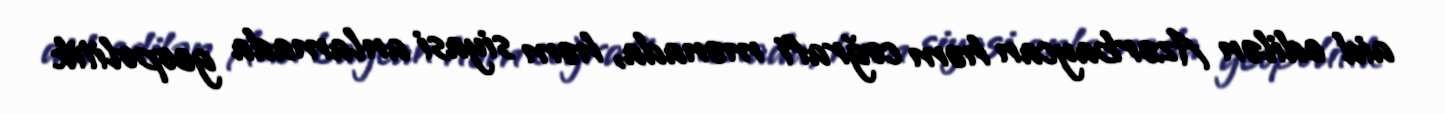
aid edilən Azərbaycan həm coğrafi mənada, həm siyasi anlamada geopolitik